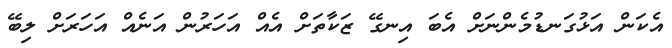
އެކަން އަޅުގަނޑުމެންނަށް އެބަ އިނގޭ ޒަކާތަށް އެއް އަހަރުން އަނެއް އަހަރަށް ލިބޭ